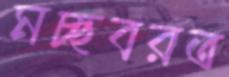
মচ্ছবরত